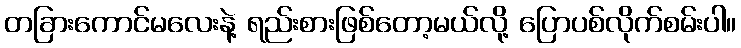
တခြားကောင်မလေးနဲ့ ရည်းစားဖြစ်တော့မယ်လို့ ပြောပစ်လိုက်စမ်းပါ။